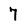
Character: 7